Scottish assistants in French and German schools and colleges, 1937
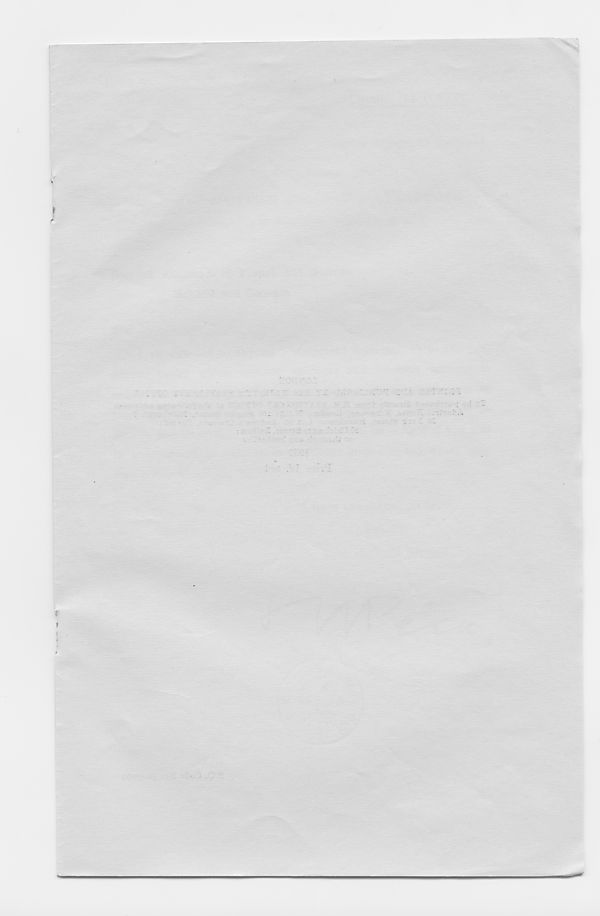
>
f
.
T
;
f
»
■